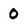
Character: 0